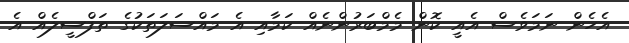
އެހެން ނަމަވެސް އެއީ ކޮން މެމްބަރުންނެއް ކަމާއި އެ މައްސަލަތަކުގެ ތަފްސީލެއް އެ